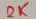
Text: 2K